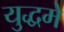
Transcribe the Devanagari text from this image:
युद्धमे